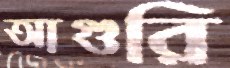
আগুরি